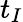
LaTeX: t_{I}